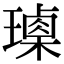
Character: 𤩰